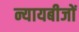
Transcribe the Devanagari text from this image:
न्यायबीजों